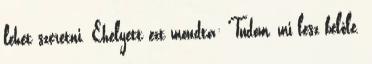
lehet szeretni. Ehelyett ezt mondta: Tudom, mi lesz belőle.